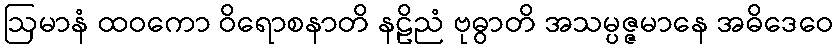
ဩမာနံ ထဝကော ဝိရောစနာတိ နဠိညံ ဗုဓွာတိ အသမ္ပဇ္ဇမာနေ အဓိဒေဝေ